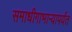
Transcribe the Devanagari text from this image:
समाधीगाभाऱ्यापर्यंत